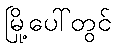
မြို့ပေါ်တွင်